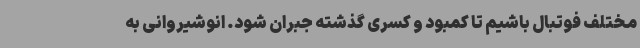
مختلف فوتبال باشیم تا کمبود و کسری گذشته جبران شود. انوشیروانی به